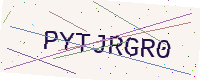
Text: PYTJRGR0